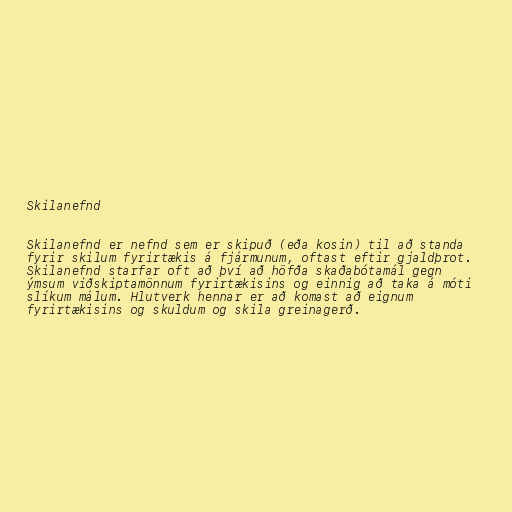
Skilanefnd

Skilanefnd er nefnd sem er skipuð (eða kosin) til að standa
fyrir skilum fyrirtækis á fjármunum, oftast eftir gjaldþrot.
Skilanefnd starfar oft að því að höfða skaðabótamál gegn
ýmsum viðskiptamönnum fyrirtækisins og einnig að taka á móti
slíkum málum. Hlutverk hennar er að komast að eignum
fyrirtækisins og skuldum og skila greinagerð.